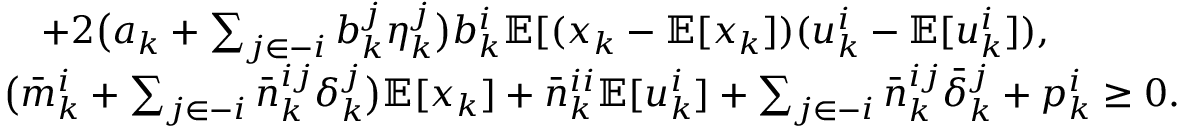
\begin{array} { r l } & { \quad + 2 \big ( a _ { k } + \sum _ { j \in - i } b _ { k } ^ { j } \eta _ { k } ^ { j } \big ) b _ { k } ^ { i } \mathbb { E } [ ( x _ { k } - \mathbb { E } [ x _ { k } ] ) ( u _ { k } ^ { i } - \mathbb { E } [ u _ { k } ^ { i } ] ) , } \\ & { \big ( \bar { m } _ { k } ^ { i } + \sum _ { j \in - i } \bar { n } _ { k } ^ { i j } \delta _ { k } ^ { j } \big ) \mathbb { E } [ x _ { k } ] + \bar { n } _ { k } ^ { i i } \mathbb { E } [ u _ { k } ^ { i } ] + \sum _ { j \in - i } \bar { n } _ { k } ^ { i j } \bar { \delta } _ { k } ^ { j } + p _ { k } ^ { i } \geq 0 . } \end{array}